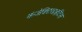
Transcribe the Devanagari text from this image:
कंजेक्टिवाइटिस